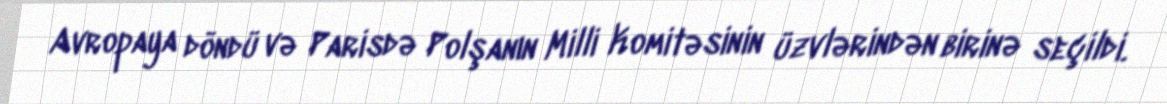
Avropaya döndü və Parisdə Polşanın Milli Komitəsinin üzvlərindən birinə seçildi.